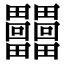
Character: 𤴐